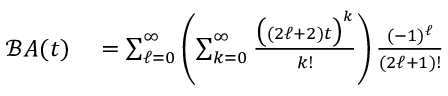
\begin{array} { r l } { { \mathcal { B } } A ( t ) } & { { } = \sum _ { \ell = 0 } ^ { \infty } \left( \sum _ { k = 0 } ^ { \infty } { \frac { { \big ( } ( 2 \ell + 2 ) t { \big ) } ^ { k } } { k ! } } \right) { \frac { ( - 1 ) ^ { \ell } } { ( 2 \ell + 1 ) ! } } } \end{array}